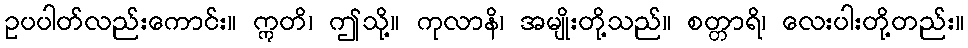
ဥပပါတ်လည်းကောင်း။ ဣတိ၊ ဤသို့။ ကုလာနိ၊ အမျိုးတို့သည်။ စတ္တာရိ၊ လေးပါးတို့တည်း။